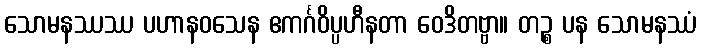
သောမနဿဿ ပဟာနဝသေန ဧကင်္ဂဝိပ္ပဟီနတာ ဝေဒိတဗ္ဗာ။ တဉ္စ ပန သောမနဿံ